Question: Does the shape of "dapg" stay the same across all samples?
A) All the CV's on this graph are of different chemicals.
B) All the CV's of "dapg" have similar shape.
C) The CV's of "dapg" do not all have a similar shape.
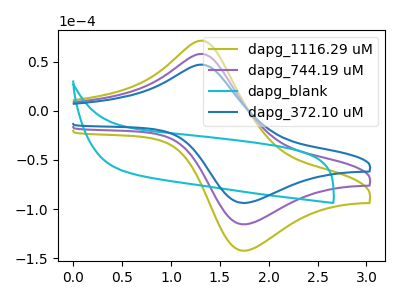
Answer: <think>The olive curve "dapg_1116.29 uM" has an anodic peak at (1.30V, 115.95uA) and a cathodic peak at (1.75V, -231.35uA). The purple curve "dapg_744.19 uM" has an anodic peak at (1.30V, 57.95uA) and a cathodic peak at (1.75V, -115.65uA). The cyan curve "dapg_blank" has no peaks. The blue curve "dapg_372.10 uM" has an anodic peak at (1.30V, 47.05uA) and a cathodic peak at (1.75V, -93.90uA).
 All the peaks in "dapg_1116.29 uM" have a peak in "dapg_744.19 uM" at the same potential. Every peak in "dapg_1116.29 uM" is higher than every peak in "dapg_744.19 uM". "dapg_1116.29 uM" and "dapg_blank" have a different number of peaks. All the peaks in "dapg_1116.29 uM" have a peak in "dapg_372.10 uM" at the same potential. Every peak in "dapg_1116.29 uM" is higher than every peak in "dapg_372.10 uM". "dapg_744.19 uM" and "dapg_blank" have a different number of peaks. All the peaks in "dapg_744.19 uM" have a peak in "dapg_372.10 uM" at the same potential. Every peak in "dapg_744.19 uM" is higher than every peak in "dapg_372.10 uM". "dapg_blank" and "dapg_372.10 uM" have a different number of peaks.</think>
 <answer>B) All the CV's of "dapg" have similar shape.</answer>
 <eval>B</eval>